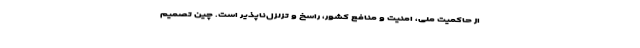
از حاکمیت ملی، امنیت و منافع کشور، راسخ و تزلزل‌ناپذیر است. چین تصمیم